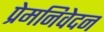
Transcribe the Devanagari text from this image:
प्रेमनिवेदन